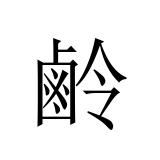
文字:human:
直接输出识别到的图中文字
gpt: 鹷